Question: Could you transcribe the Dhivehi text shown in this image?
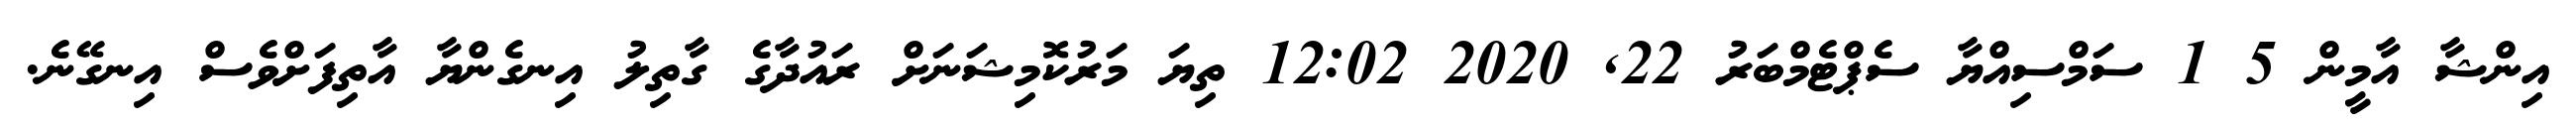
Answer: އިންޝާ އާމީން 5 1 ސަމްސިއްޔާ ސެޕްޓެމްބަރު 22, 2020 12:02 ތިޔަ މަރުކޮމިޝަނަށް ރައުދާގެ ގާތިލު އިނގެންޔާ އާތިފަށްވެސް އިނގޭނެ.